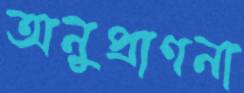
অনুপ্রাণনা